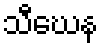
သီဃေန